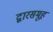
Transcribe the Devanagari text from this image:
द्वारसमूह